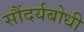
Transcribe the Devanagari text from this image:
सौंदर्यबोधी